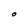
Character: O